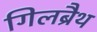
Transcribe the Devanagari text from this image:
गिलब्रैथ